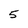
Character: 5